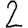
Digit: 2